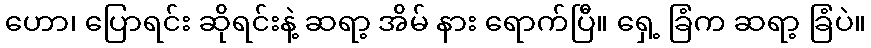
ဟော၊ ပြောရင်း ဆိုရင်းနဲ့ ဆရာ့ အိမ် နား ရောက်ပြီ။ ရှေ့ ခြံက ဆရာ့ ခြံပဲ။